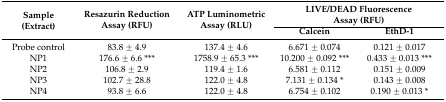
<table><thead><tr><td rowspan="2"><b>Sample (Extract)</b></td><td rowspan="2"><b>Resazurin Reduction Assay (RFU)</b></td><td rowspan="2"><b>ATP Luminometric Assay (RLU)</b></td><td colspan="2"><b>LIVE/DEAD Fluorescence Assay (RFU)</b></td></tr><tr><td><b>Calcein</b></td><td><b>EthD-1</b></td></tr></thead><tbody><tr><td>Probe control</td><td>83.8 ± 4.9</td><td>137.4 ± 4.6</td><td>6.671 ± 0.074</td><td>0.121 ± 0.017</td></tr><tr><td>NP1</td><td>176.6 ± 6.6 ***</td><td>1758.9 ± 65.3 ***</td><td>10.200 ± 0.092 ***</td><td>0.433 ± 0.013 ***</td></tr><tr><td>NP2</td><td>106.8 ± 2.9</td><td>119.4 ± 1.6</td><td>6.581 ± 0.112</td><td>0.151 ± 0.009</td></tr><tr><td>NP3</td><td>102.7 ± 28.8</td><td>122.0 ± 4.8</td><td>7.131 ± 0.134 *</td><td>0.143 ± 0.008</td></tr><tr><td>NP4</td><td>93.8 ± 6.6</td><td>122.0 ± 4.8</td><td>6.754 ± 0.102</td><td>0.190 ± 0.013 *</td></tr></tbody></table>